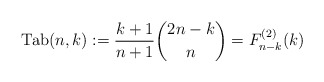
\begin{gather*}{\rm Tab}(n,k):={k+1 \over n+1} {2n-k \choose n} = F^{(2)}_{n-k}(k)\end{gather*}